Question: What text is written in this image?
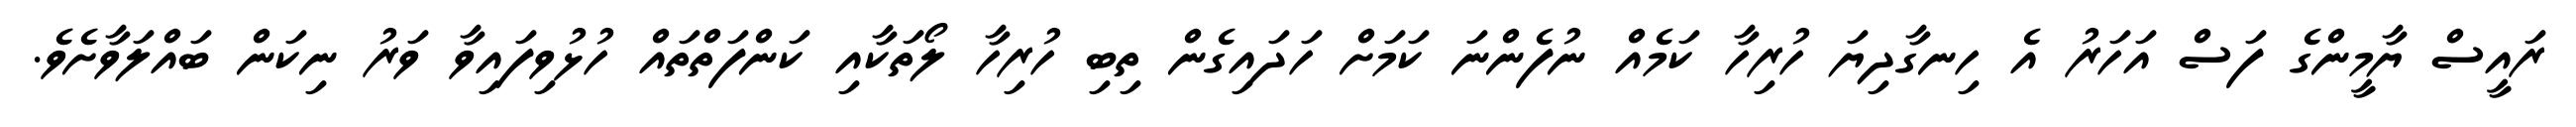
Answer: ރައީސް ޔާމީންގެ ފަސް އަހަރު އެ ހިނގާދިޔަ ހުރިހާ ކަމެއް ނުފެންނަ ކަމަށް ހަދައިގެން ތިބި ހުރިހާ ލޯތަކާއި ކަންފަތްތައް ހުޅުވިފައިވާ ވަރު ނިކަން ބައްލަވާށެވެ.